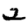
Digit: 2